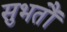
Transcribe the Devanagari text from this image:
सुभतौं